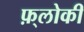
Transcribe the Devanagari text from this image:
फ़्लोकी